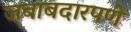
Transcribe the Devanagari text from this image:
जबाबदारपणे